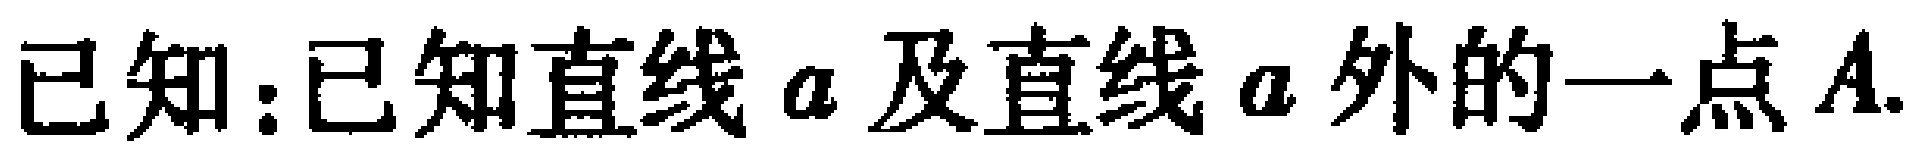
已知：已知直线\(a\)及直线\(a\)外的一点\(A\).